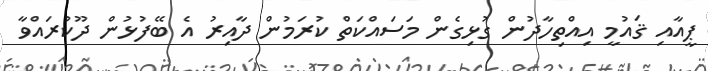
ޕީއާއި ޤައުމީ އިއްތިހާދުން ގުޅިގެން މަސައްކަތް ކުރަމުން ދާއިރު އެ ބޭފުޅުން ދޫކުރައްވާ